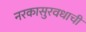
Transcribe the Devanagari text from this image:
नरकासुरवधाची